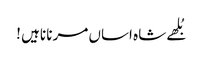
بُلھے شاہ اساں مرنا ناہیں !